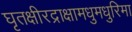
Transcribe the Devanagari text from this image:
घृतक्षीरद्राक्षामधुमधुरिमा